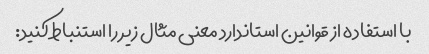
با استفاده از قوانین استاندارد معنی مثال زیر را استنباط کنید: